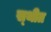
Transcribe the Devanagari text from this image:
स्‍थीत